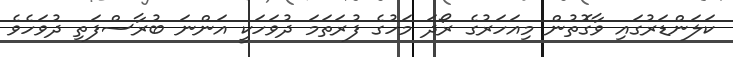
ކަލަންޑަރުގައި ވާގޮތުން މިއަހަރުގެ ރޯދަ މަހުގެ ފުރަތަމަ ދުވަހަކީ އަންނަ ބުރާސްފަތި ދުވަހެވެ